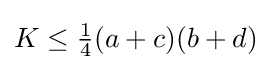
K\leq {\tfrac {1}{4}}(a+c)(b+d)